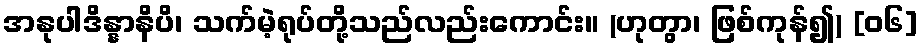
အနုပါဒိန္နာနိပိ၊ သက်မဲ့ရုပ်တို့သည်လည်းကောင်း။ (ဟုတွာ၊ ဖြစ်ကုန်၍) [၀၆]